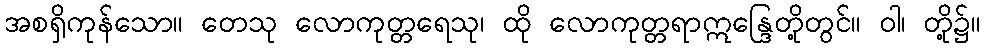
အစရှိကုန်သော။ တေသု လောကုတ္တရေသု၊ ထို လောကုတ္တရာဣန္ဒြေတို့တွင်။ ဝါ၊ တို့၌။